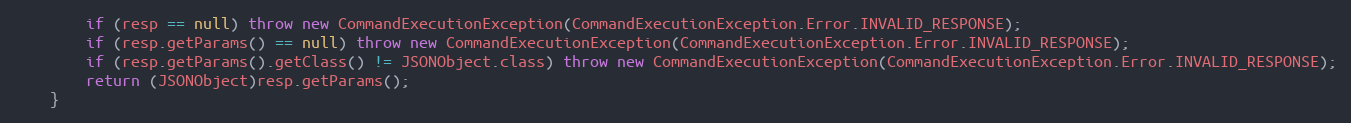
Language: Java
        if (resp == null) throw new CommandExecutionException(CommandExecutionException.Error.INVALID_RESPONSE);
        if (resp.getParams() == null) throw new CommandExecutionException(CommandExecutionException.Error.INVALID_RESPONSE);
        if (resp.getParams().getClass() != JSONObject.class) throw new CommandExecutionException(CommandExecutionException.Error.INVALID_RESPONSE);
        return (JSONObject)resp.getParams();
    }